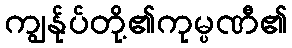
ကျွန်ုပ်တို့၏ကုမ္ပဏီ၏